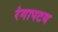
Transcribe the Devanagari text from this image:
रंगापटय